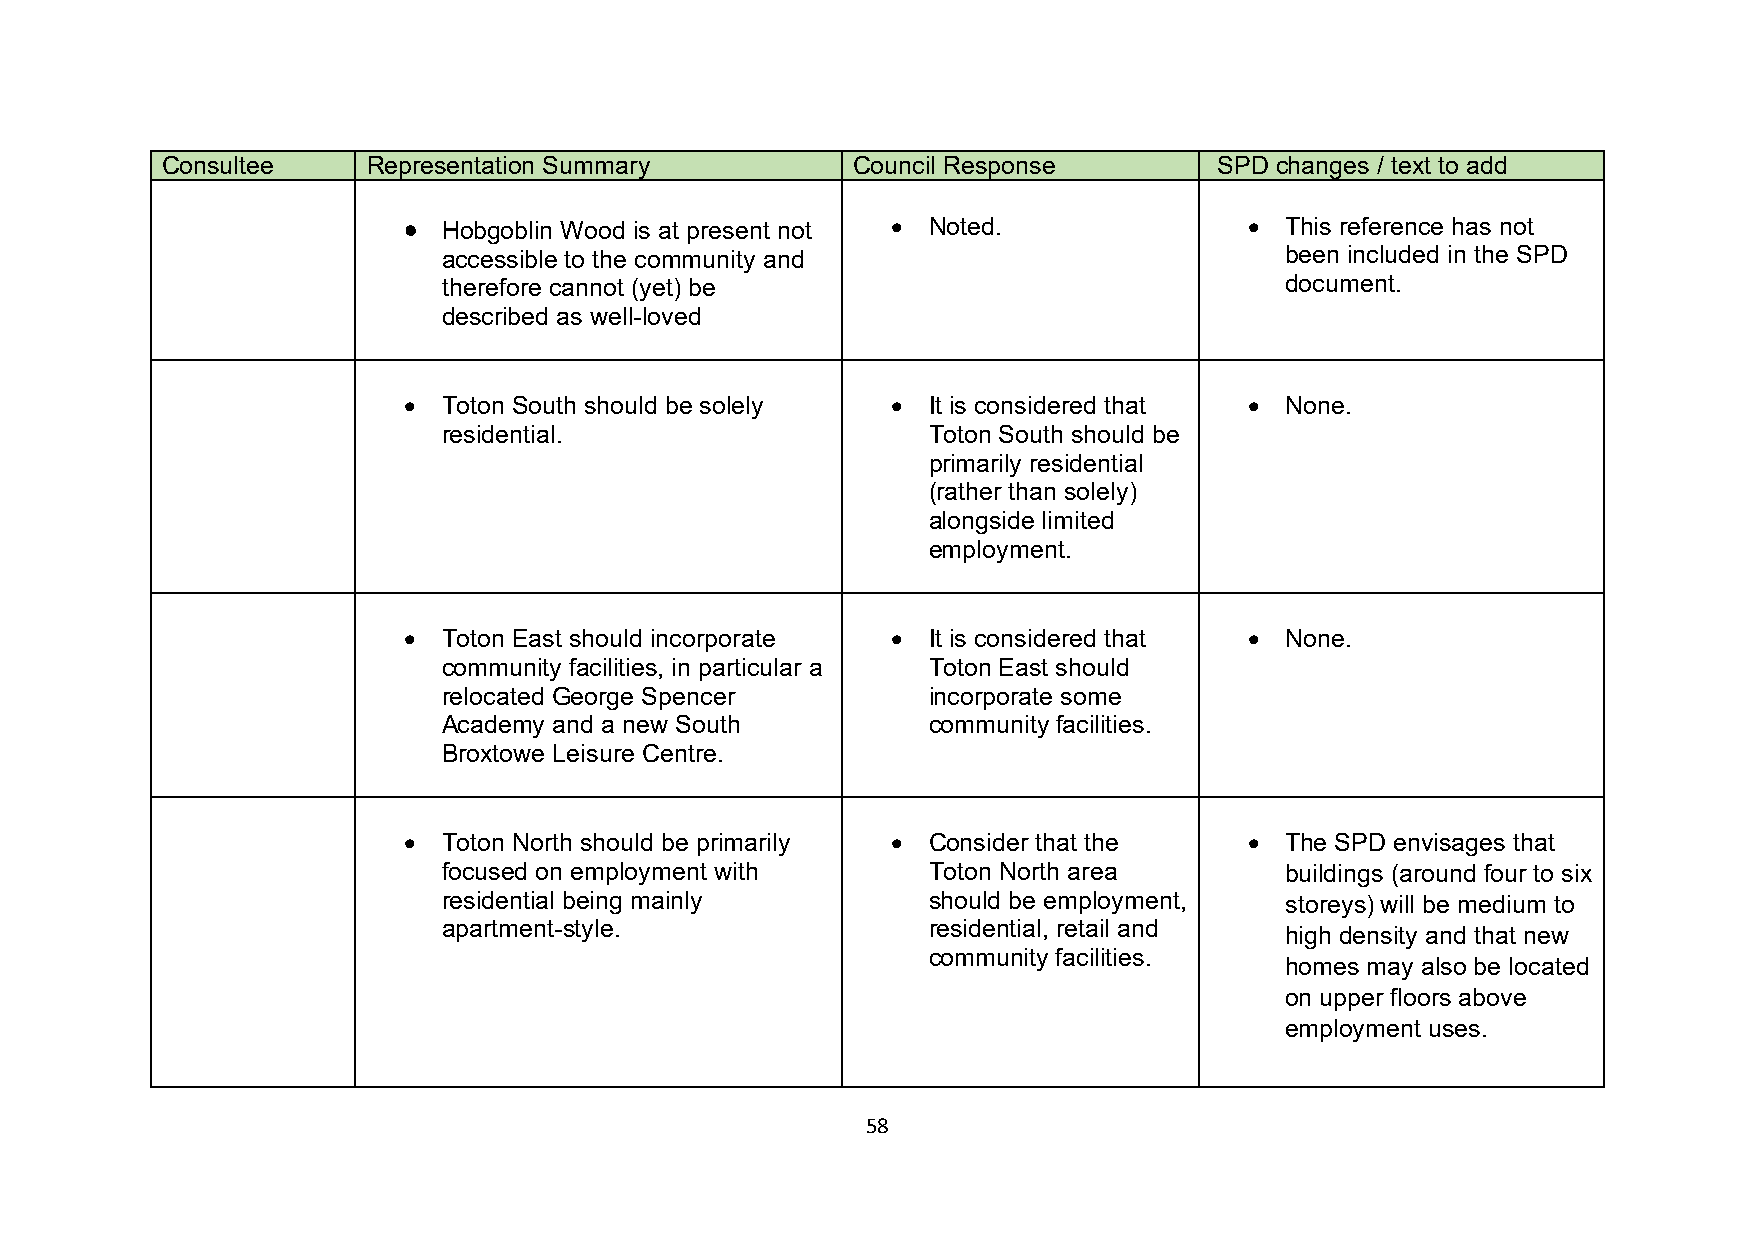
Consultee    Representation Summary          Council Response         SPD changes / text to add
 • Hobgoblin Wood is at present not • Noted.             • This reference has not
 accessible to the community and                         been included in the SPD
 therefore cannot (yet) be                               document.
 described as well-loved
 • Toton South should be solely  • It is considered that • None.
 residential.                    Toton South should be
 primarily residential
 (rather than solely)
 alongside limited
 employment.
 • Toton East should incorporate • It is considered that • None.
 community facilities, in particular a Toton East should
 relocated George Spencer        incorporate some
 Academy and a new South         community facilities.
 Broxtowe Leisure Centre.
 • Toton North should be primarily • Consider that the   • The SPD envisages that
 focused on employment with      Toton North area        buildings (around four to six
 residential being mainly        should be employment,   storeys) will be medium to
 apartment-style.                residential, retail and
 high density and that new
 community facilities.
 homes may also be located
 on upper floors above
 employment uses.
 58